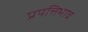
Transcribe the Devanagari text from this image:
प्रपत्तिभाव